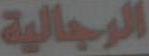
الرجالية